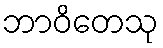
ဘာဝိတေသု